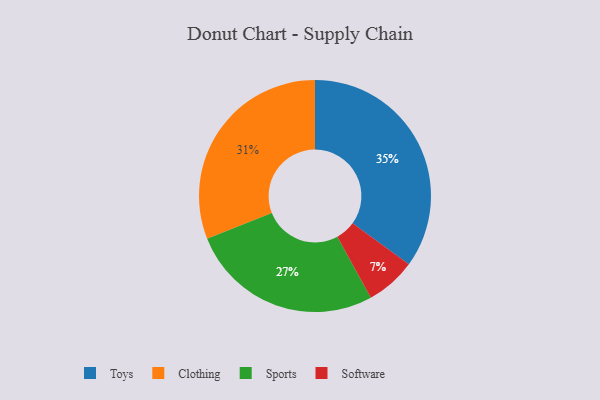
{"axis": {"x": "Category", "y": "Percentage"}, "legend": ["Clothing", "Software", "Sports", "Toys"], "data": [{"x": "Software", "y": 7, "type": "Software"}, {"x": "Clothing", "y": 31, "type": "Clothing"}, {"x": "Sports", "y": 27, "type": "Sports"}, {"x": "Toys", "y": 35, "type": "Toys"}]}